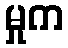
မှုက